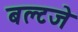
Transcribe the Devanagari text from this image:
बल्टजे